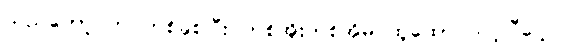
သည်တော့ ဘဝတစ်ခုစပြီး တစ်အိုးတစ်အိမ် ထူထောင်သင့်ပြီပေါ့။